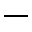
\_